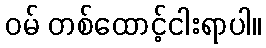
ဝမ် တစ်ထောင့်ငါးရာပါ။